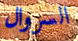
السروال